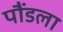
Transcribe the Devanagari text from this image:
पौंडला